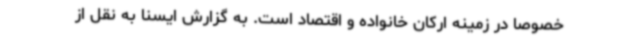
خصوصا در زمینه ارکان خانواده و اقتصاد است. به گزارش ایسنا به نقل از